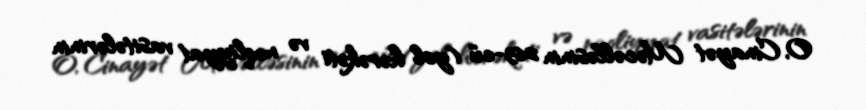
O, Cinayət Məcəlləsinin 263-cü (yol hərəkəti və nəqliyyat vasitələrinin